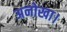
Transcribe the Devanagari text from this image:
अनोखा।